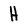
Character: H